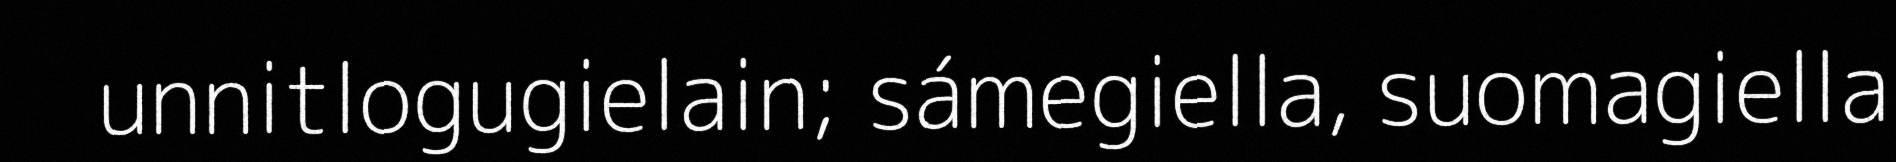
unnitlogugielain; sámegiella, suomagiella